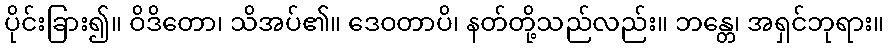
ပိုင်းခြား၍။ ဝိဒိတော၊ သိအပ်၏။ ဒေဝတာပိ၊ နတ်တို့သည်လည်း။ ဘန္တေ၊ အရှင်ဘုရား။